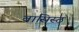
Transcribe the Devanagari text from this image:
वासिस्ठ